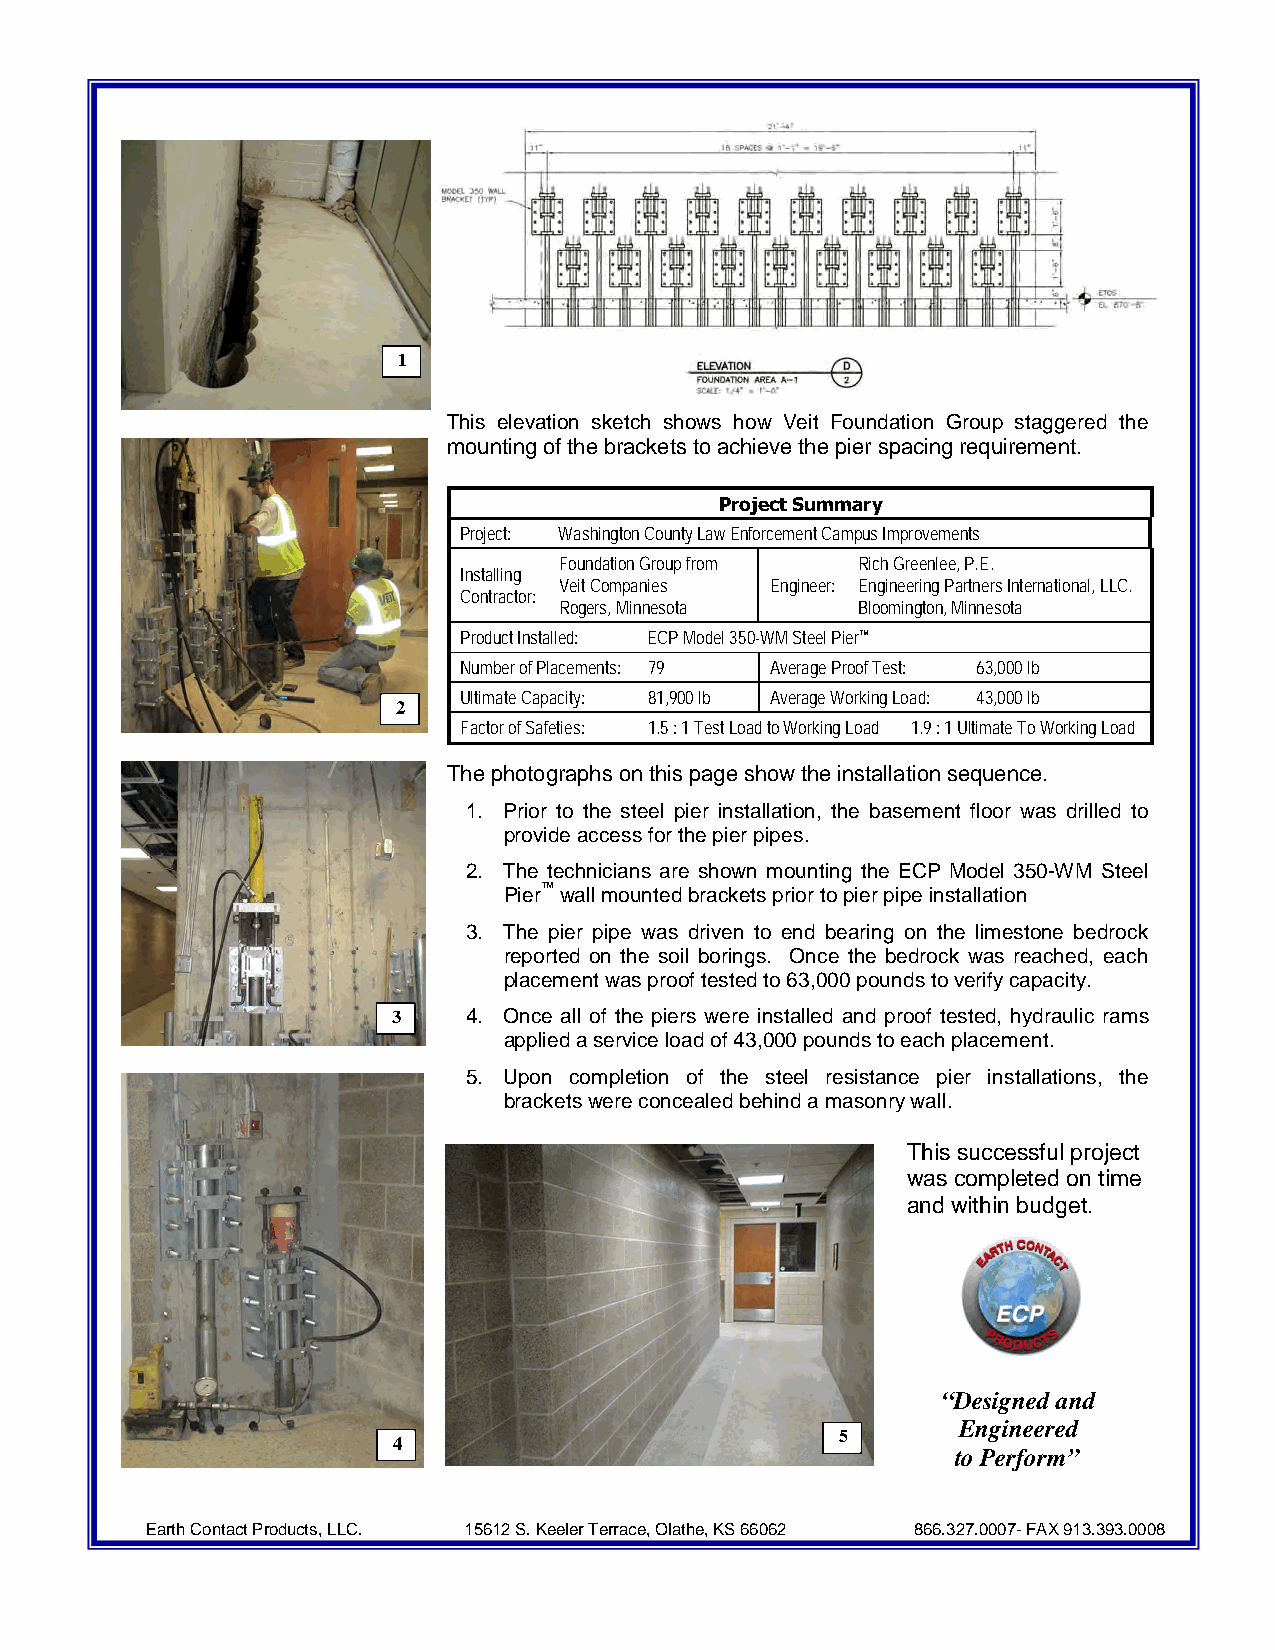
1
 This elevation sketch shows how Veit Foundation Group staggered the
 mountingofthebracketstoachievethepierspacingrequirement.
 ProjectSummary
 Project: WashingtonCountyLawEnforcementCampusImprovements
 FoundationGroupfrom RichGreenlee,P.E.
 Installing
 VeitCompanies Engineer: EngineeringPartnersInternational,LLC.
 Contractor:
 Rogers,Minnesota    Bloomington,Minnesota
 ProductInstalled: ECPModel350-WMSteelPier™
 NumberofPlacements: 79 AverageProofTest: 63,000lb
 UltimateCapacity: 81,900lb AverageWorkingLoad: 43,000lb
 2
 FactorofSafeties: 1.5:1TestLoadtoWorkingLoad 1.9:1UltimateToWorkingLoad
 Thephotographsonthispageshowtheinstallationsequence.
 1. Prior to the steel pier installation, the basement floor was drilled to
 provideaccessforthepierpipes.
 2. The technicians are shown mounting the ECP Model 350-WM Steel
 Pier™wallmountedbracketspriortopierpipeinstallation
 3. The pier pipe was driven to end bearing on the limestone bedrock
 reported on the soil borings. Once the bedrock was reached, each
 placementwasprooftestedto63,000poundstoverifycapacity.
 3    4. Once all of the piers were installed and proof tested, hydraulic rams
 appliedaserviceloadof43,000poundstoeachplacement.
 5. Upon completion of the steel resistance pier installations, the
 bracketswereconcealedbehindamasonrywall.
 This successful project
 was completed ontime
 and within budget.
 “Designedand
 Engineered
 5
 4
 toPerform”
 EarthContactProducts,LLC. 15612S.KeelerTerrace,Olathe,KS66062 866.327.0007-FAX913.393.0008